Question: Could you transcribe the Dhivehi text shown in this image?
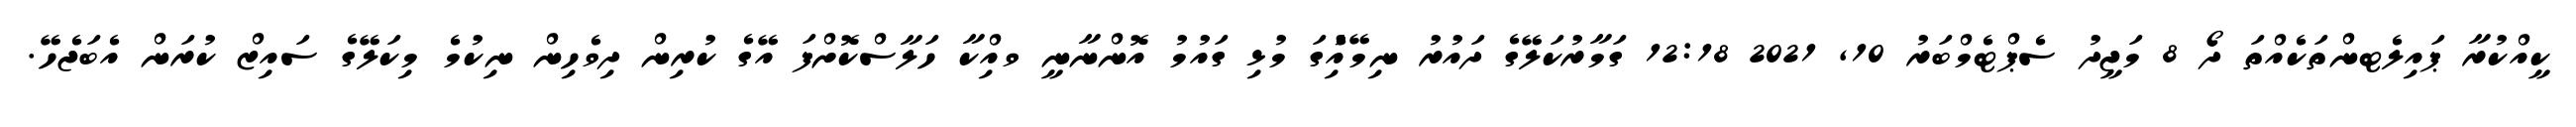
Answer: ކީއްކުރާ ޕައިލެޓންތަކެއްތަ ދޯ 8 މަޖީދު ސެޕްޓެމްބަރު 10, 2021 12:18 ގަމާރުކަލޭގެ ދައުރު ނިމޭއިެުގަ މުޅި ގައުމު އޮންނާނީ ވއިްކާ ހަލާސްކޮށްފަ އޭގެ ކުރިން ދިވެހިން ނިކުމެ މިކަލޭގެ ސައިޒް ކުރަން އެބަޖެހޭ.